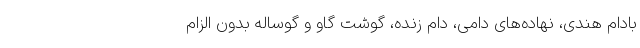
بادام هندی، نهاده‌های دامی، دام زنده، گوشت گاو و گوساله بدون الزام